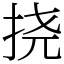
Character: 挠